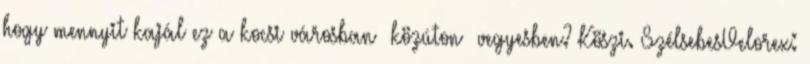
hogy mennyit kajál ez a kocsi városban közúton vegyesben? Köszi. SzélsebesVelorex: